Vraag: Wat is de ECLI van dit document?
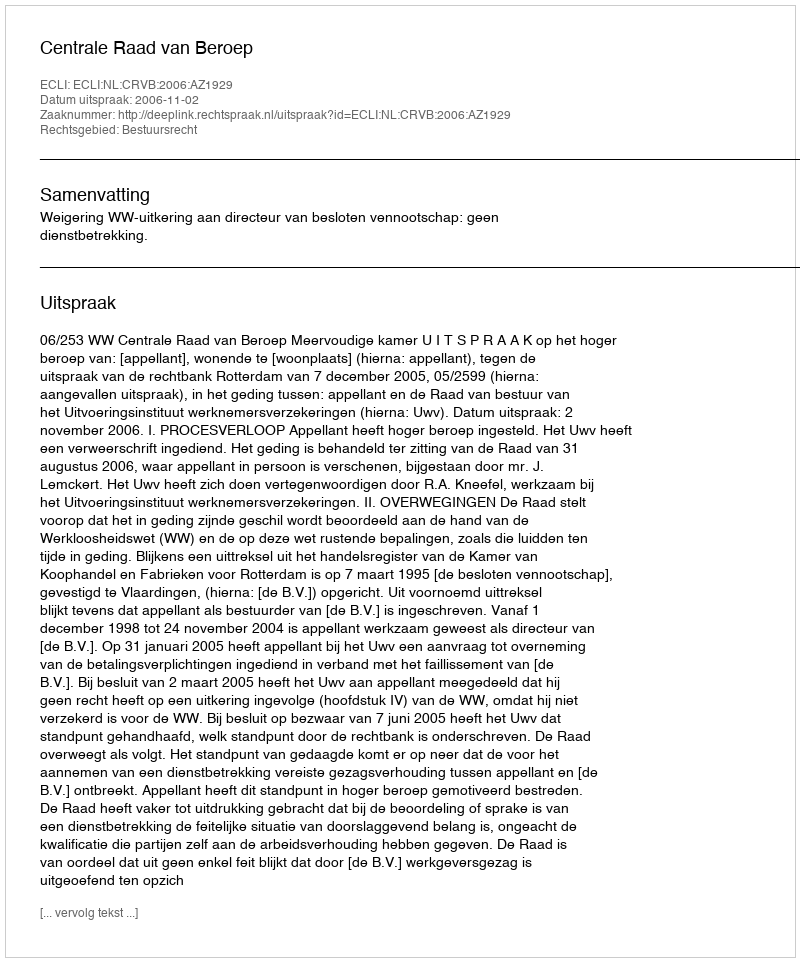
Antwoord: ECLI:NL:CRVB:2006:AZ1929